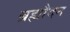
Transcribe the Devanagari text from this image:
ब्रह्मौदन